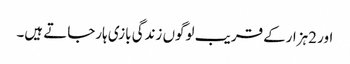
اور 2ہزارکے قریب لوگوں زندگی بازی ہارجاتے ہیں۔